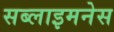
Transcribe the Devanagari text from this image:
सब्लाइमनेस